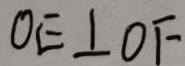
O E \bot O F